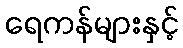
ရေကန်များနှင့်